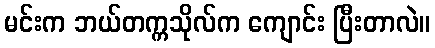
မင်းက ဘယ်တက္ကသိုလ်က ကျောင်း ပြီးတာလဲ။